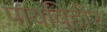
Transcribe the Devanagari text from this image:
पायविहीर